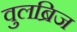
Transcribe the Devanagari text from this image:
वुलब्रिज